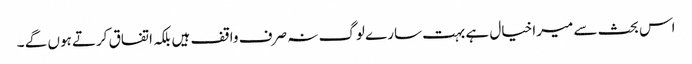
اس بحث سے میرا خیال ہے بہت سارے لوگ نہ صرف واقف ہیں بلکہ اتفاق کرتے ہوں گے ۔